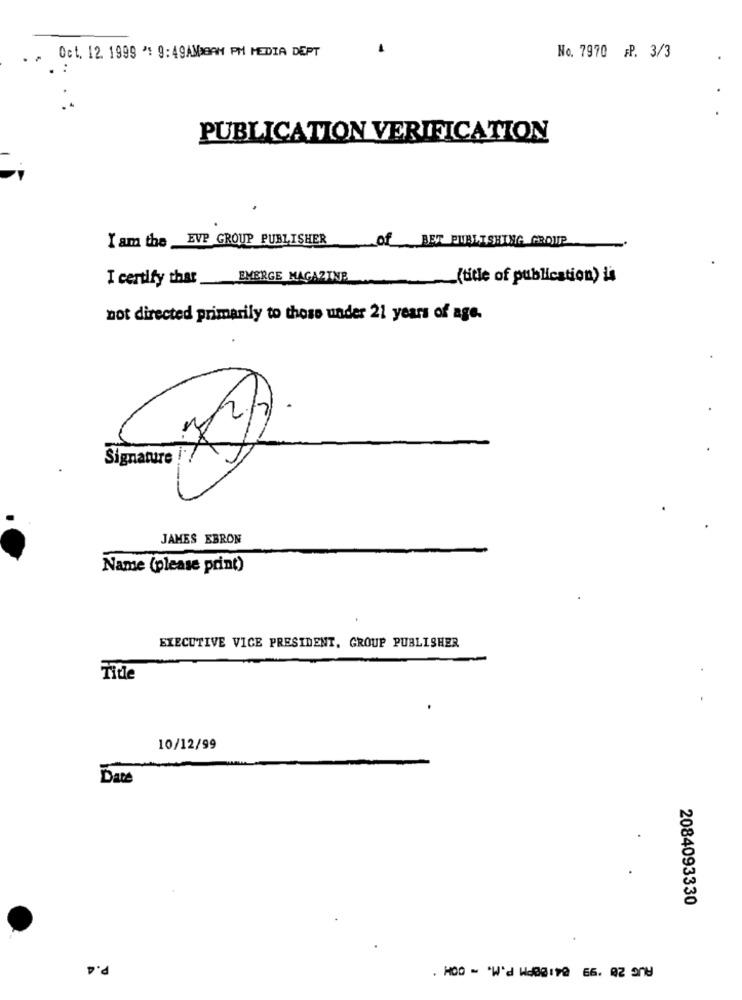
Oct. 12. 1999 ": 9:49AMIBAN PM MEDIA DEPT
No. 7970 FP. 3/3
PUBLICATION VERIFICATION
I am the EVP GROUP PUBLISHER
of BET PUBLISHING GROUP
I certify that EMERGE MAGAZINE
-(title of publication) is
not directed primarily to those under 21 years of age.
Signature
JAMES EBRON
Name (please print)
EXECUTIVE VICE PRESIDENT, GROUP PUBLISHER
Title
10/12/99
Date
2084093330
P.4